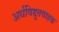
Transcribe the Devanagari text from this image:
अर्धविद्दुतवाहक